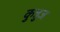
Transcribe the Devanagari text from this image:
कुत्रुज